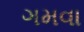
ગમવા